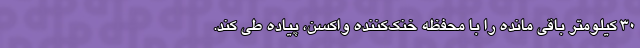
30 کیلومتر باقی مانده را با محفظه خنک‌کننده واکسن، پیاده طی کند.